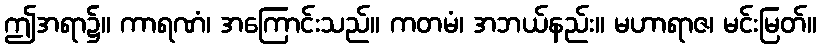
ဤအရာ၌။ ကာရဏံ၊ အကြောင်းသည်။ ကတမံ၊ အဘယ်နည်း။ မဟာရာဇ၊ မင်းမြတ်။